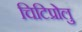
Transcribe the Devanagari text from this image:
चिटिप्रोलु